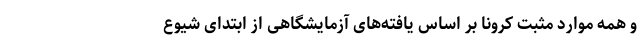
و همه موارد مثبت کرونا بر اساس یافته‌های آزمایشگاهی از ابتدای شیوع